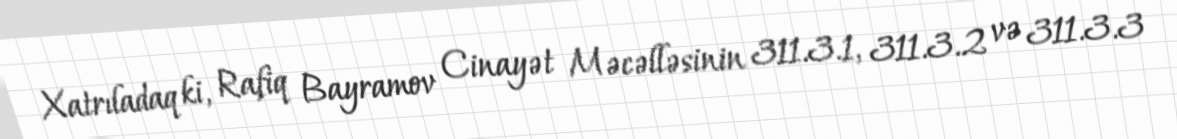
Xatrıladaq ki, Rafiq Bayramov Cinayət Məcəlləsinin 311.3.1, 311.3.2 və 311.3.3